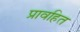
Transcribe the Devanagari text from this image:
प्रावहित